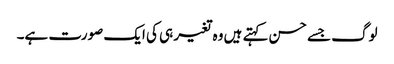
لوگ جسے حسن کہتے ہیں وہ تغیر ہی کی ایک صورت ہے۔